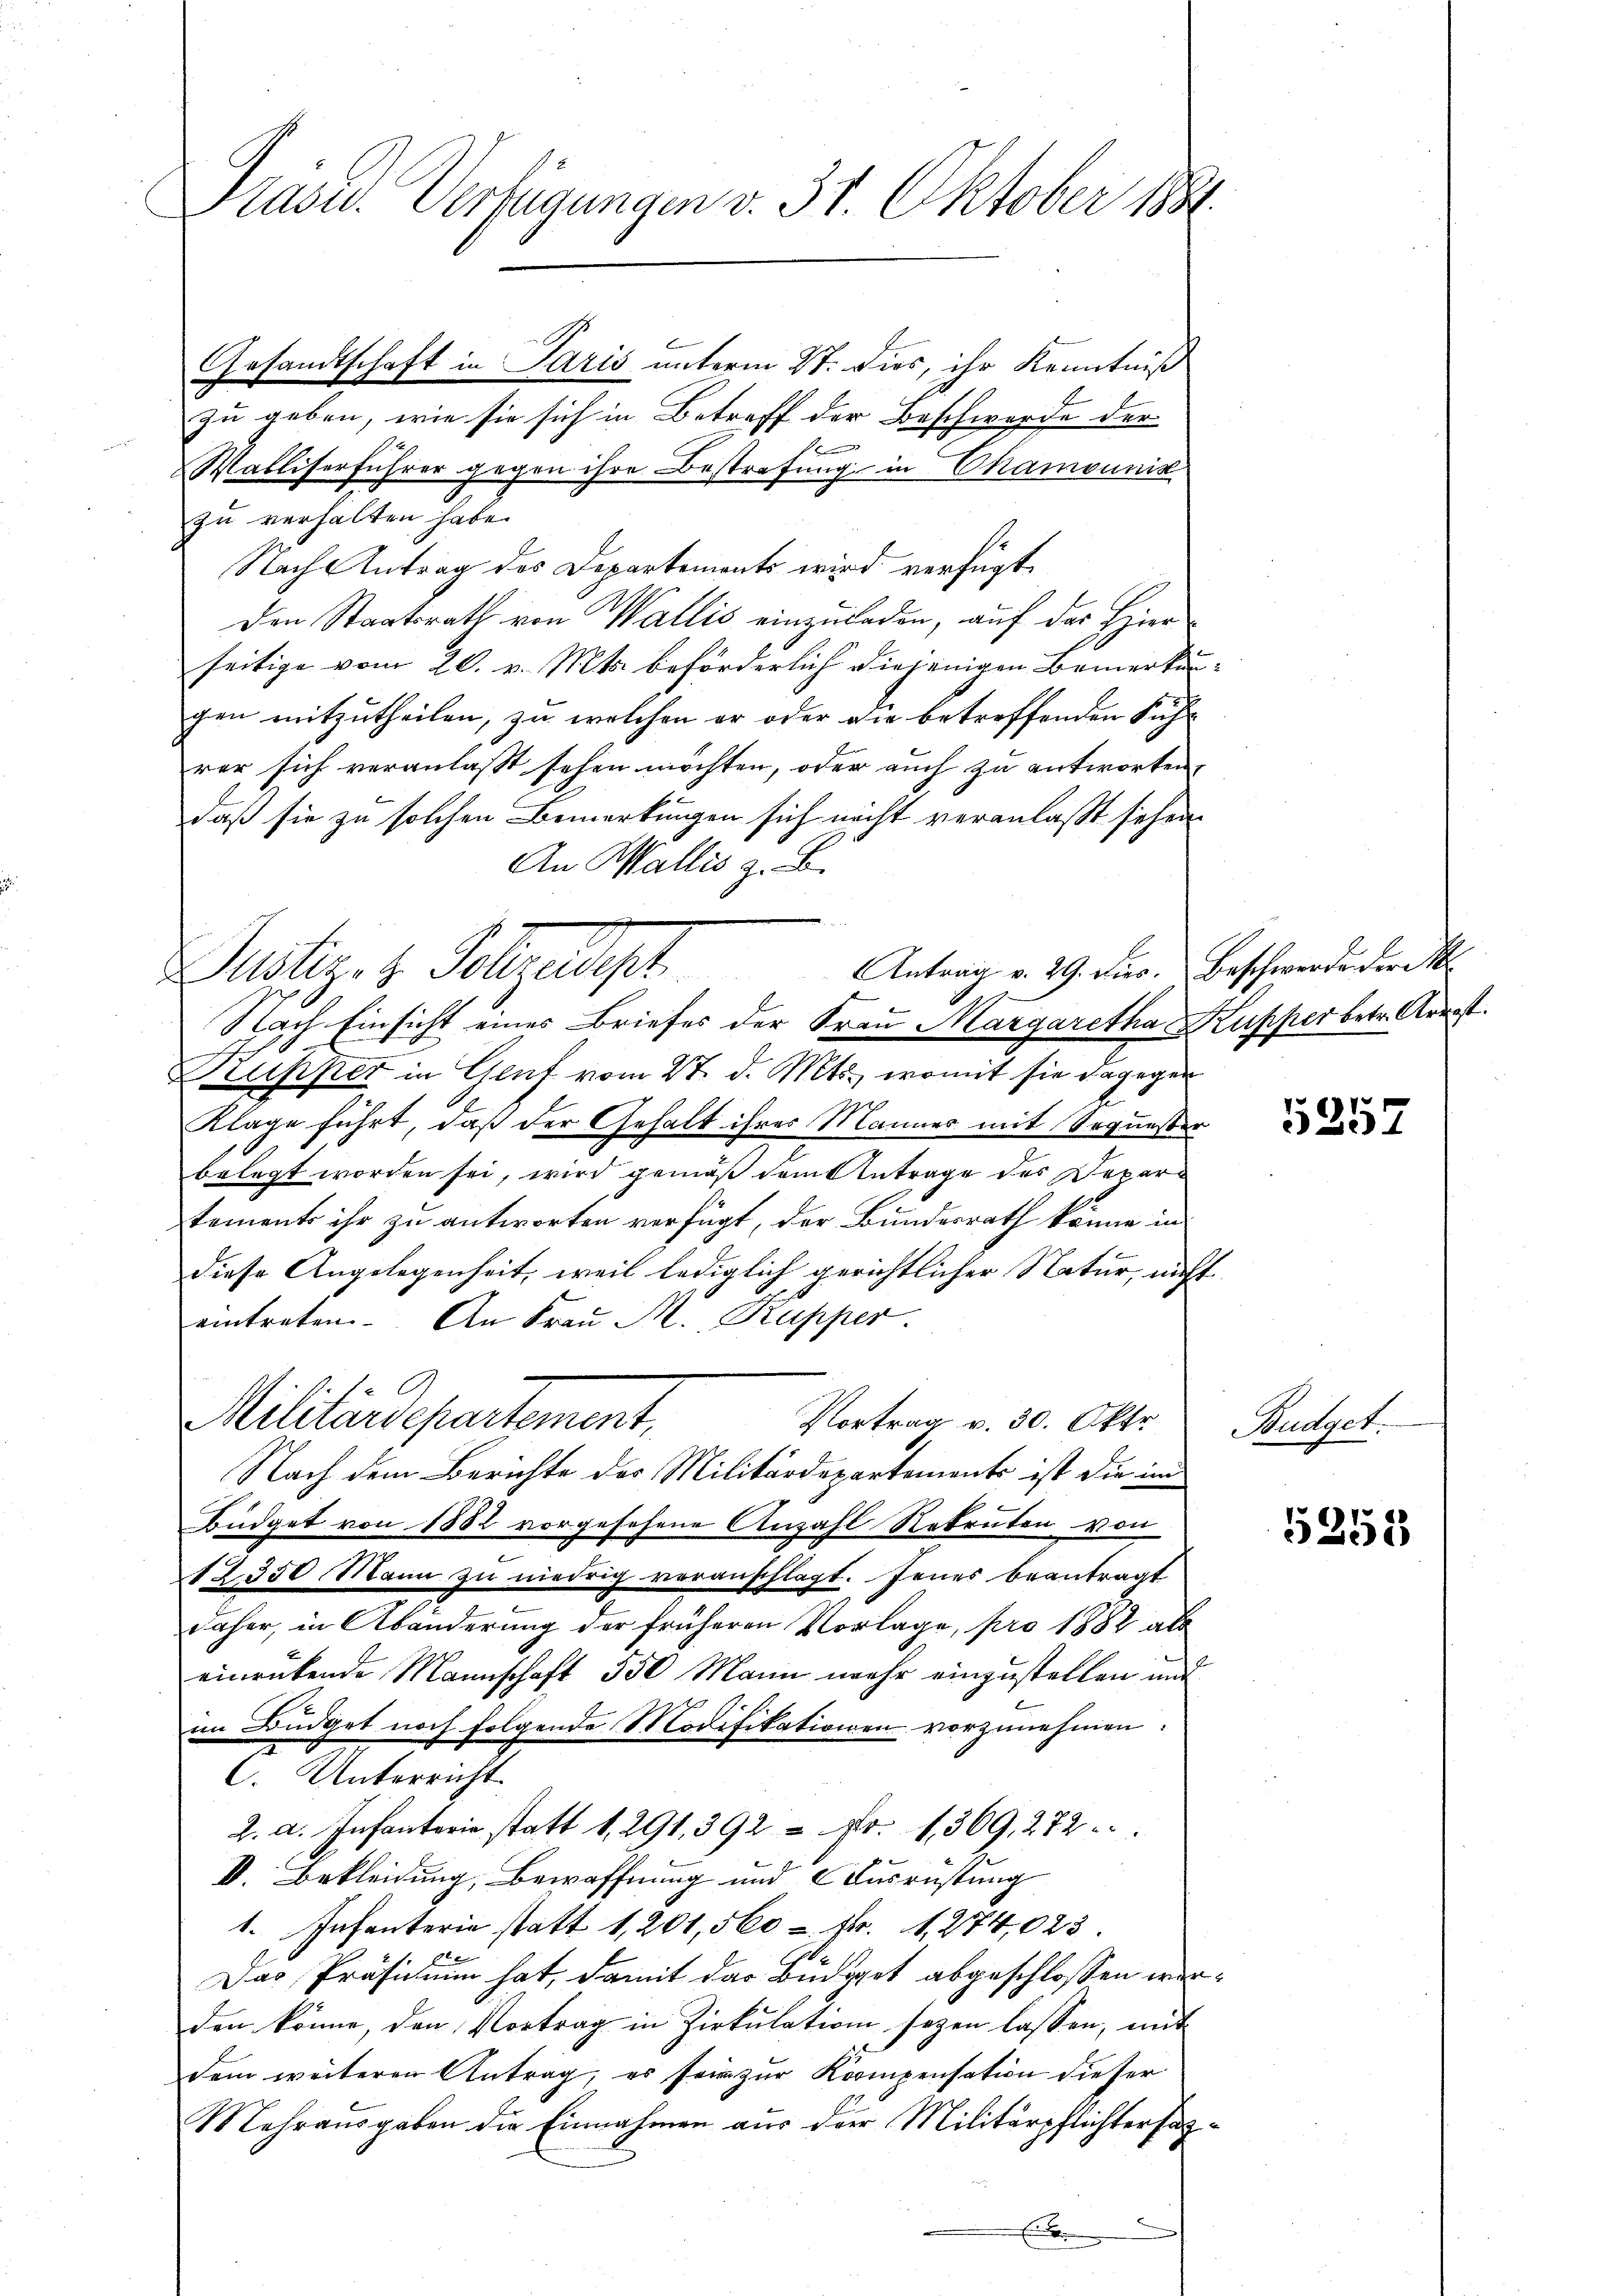
Präsid.. Verfügungen v. 31. Oktober 1881

Gesandtschaft in Paris unterm 27. dies, ihr Kenntniß
zu geben, wie sie sich in Betreff der Beschwerde der
f
Walliserführer gegen ihre Bestrafung in Chamounik
zu verhalten habe.
Nach Antrag des Departements wird verfügt,
Den Staatsrath von Wallis einzuladen, auf das Hierseitige vom 20. v. Mts. beförderlich diejenigen Bemerkun
gen mitzutheilen, zu welchen er oder die betreffenden Fuhr
rer sich veranlaßt sehen möchten, oder auch zu antworten,
daß sie zu solchen Bemerkungen sich nicht veranlaßt sehen.
An Wallis z. B.
x
Nach Einsicht eines Briefes der Frau Margaretha Kupper betr. Arrest.
Kupper in Genf vom 27. d. Mts., womit sie dagegen
Klage führt, daß der Gehalt ihres Männer mit Sequesten
belegt worden sei, wird gemäß dem Antrage des Departements ihr zu antworten verfügt, der Bundesrath könne in
diese Angelegenheit, weil lediglich gerichtlicher Natur, nicht
eintreten. An Frau M. Rupper
A
Militärdepartement,
Vortrag v. 30. Okt.
Nach dem Berichte der Militärdepartements ist die im
Büdget von 1882 vorgesehene Anzahl Rekruten von
e
12350 Mann zu niedrig veranschlagt. Jenes beantragt
daher, in Abänderung der früheren Vorlage, pro 1882 als
einrükende Mannschaft 550 Mann mehr einzustellen und
im Büdget noch folgende Modifikationen vorzunehmen.
C. Unterricht
2. a. Infanterie statt 1, 291, 392 = Fr. 1369, 272
V. Bekleidung, Bewaffnung und Ausrüstung
1. Infanterie statt 1,201, 560 = Fr. 1. 274,023.
Das Präsidium hat, damit das Büdget abgeschlossen werden könne, den Vortrag in Zirkulation seyen lassen, mit
dem weiteren Antrag, es sein zur Kompensation dieser
Mehrausgaben die Einnahmen aus der Militärpflichtersat

Antrag v. 29. Dies. Beschwerde der M
istiget. Soltendet.

xx

5257

Budget.

5255